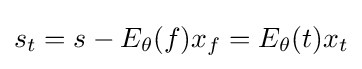
s_{t}=s-E_{\theta }(f)x_{f}=E_{\theta }(t)x_{t}